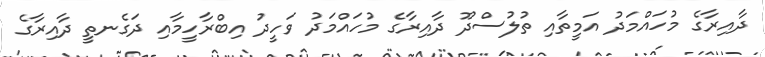
ދާއިރާގެ މުހައްމަދު އަމީތާއި ތުލުސްދޫ ދާއިރާގެ މުހައްމަދު ވަހީދު އިބްރާހީމާއި ދަގެނތީ ދާއިރާގެ